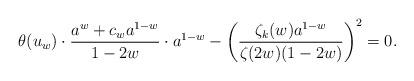
LaTeX: \begin{align*}\theta(u_w)\cdot\frac{a^w+c_wa^{1-w}}{1-2w}\cdot a^{1-w} - \left(\frac{\zeta_k(w)a^{1-w}}{\zeta(2w)(1-2w)}\right)^2=0.\end{align*}